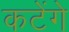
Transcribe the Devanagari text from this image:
कटेंगे